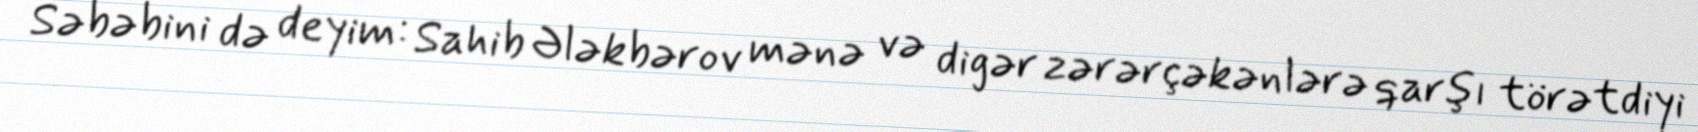
Səbəbini də deyim: Sahib Ələkbərov mənə və digər zərərçəkənlərə qarşı törətdiyi